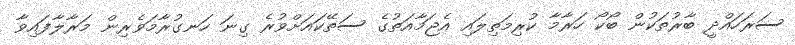
ސަރަހައްދީ ބާރުތަކުން ބޯކޯ ހަރާމާ ކުރިމަތިލައި އެޖަމާއަތުގެ ސަތޭކައަށްވުރެ ގިނަ ހަނގުރާމަވެރިން މަރާލާފައިވާ